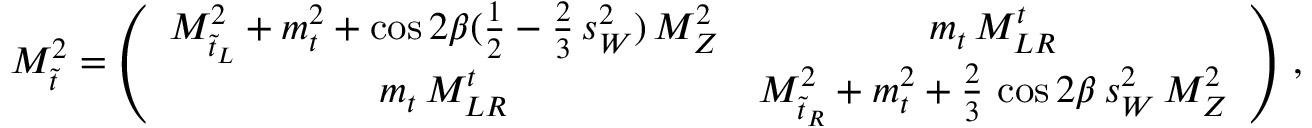
{ \cal M } _ { \tilde { t } } ^ { 2 } = \left( \begin{array} { c c } { { M _ { \tilde { t } _ { L } } ^ { 2 } + m _ { t } ^ { 2 } + \cos { 2 \beta } ( { \frac { 1 } { 2 } } - { \frac { 2 } { 3 } } \, s _ { W } ^ { 2 } ) \, M _ { Z } ^ { 2 } } } & { { m _ { t } \, M _ { L R } ^ { t } } } \\ { { m _ { t } \, M _ { L R } ^ { t } } } & { { M _ { \tilde { t } _ { R } } ^ { 2 } + m _ { t } ^ { 2 } + { \frac { 2 } { 3 } } \, \cos { 2 \beta } \, s _ { W } ^ { 2 } \, M _ { Z } ^ { 2 } } } \end{array} \right) \, ,